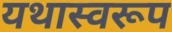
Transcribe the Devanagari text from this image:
यथास्वरूप